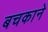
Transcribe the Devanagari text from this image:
बचकाने